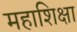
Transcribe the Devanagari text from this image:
महाशिक्षा